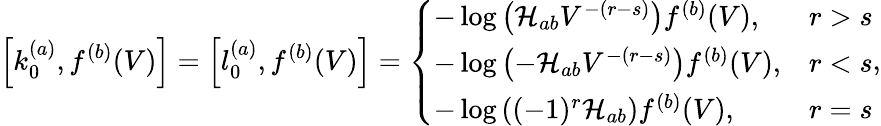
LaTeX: \left[k_{0}^{(a)},f^{(b)}(V)\right]=\left[l_{0}^{(a)},f^{(b)}(V)\right]=\left\{ \begin{array}{ll}{-\log\left(\mathcal{H}_{ab}V^{-(r-s)}\right)f^{(b)}(V),}&{r>s}\\ {-\log\left(-\mathcal{H}_{ab}V^{-(r-s)}\right)f^{(b)}(V),}&{r<s}\\ {-\log\left((-1)^{r}\mathcal{H}_{ab}\right)f^{(b)}(V),}&{r=s}\end{array}\right.,